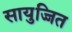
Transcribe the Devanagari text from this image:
सायुज्जित